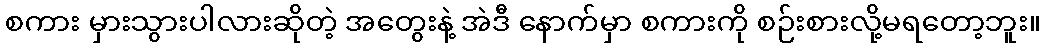
စကား မှားသွားပါလားဆိုတဲ့ အတွေးနဲ့ အဲဒီ နောက်မှာ စကားကို စဉ်းစားလို့မရတော့ဘူး။